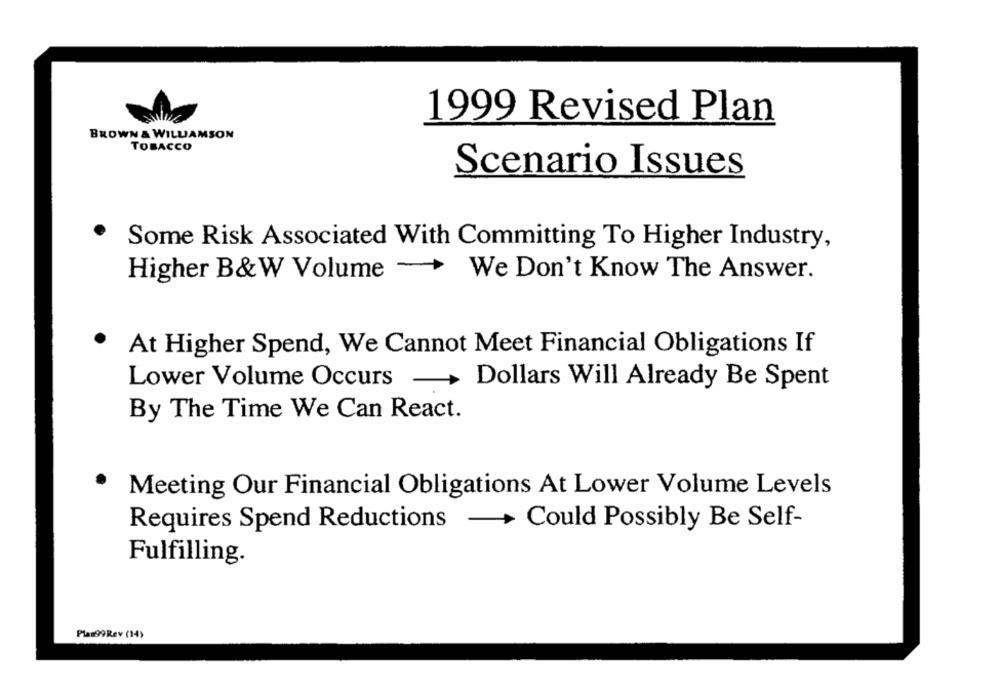
1999 Revised Plan
BROWN & WILLIAMSON
TOBACCO
Scenario Issues
Some Risk Associated With Committing To Higher Industry,
Higher B&W Volume - We Don't Know The Answer.
· At Higher Spend, We Cannot Meet Financial Obligations If
Lower Volume Occurs -
Dollars Will Already Be Spent
By The Time We Can React.
Meeting Our Financial Obligations At Lower Volume Levels
Requires Spend Reductions - Could Possibly Be Self-
Fulfilling.
Pla=99Rey (14)